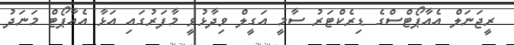
ރީޖަނަލް އެއާޕޯޓްސްގެ ޑިރެކްޓަރު ސާމީ އަގީލް ވިދާޅުވީ މާފަރުގައި އަޅާ އެއާޕޯޓް މަނަދު